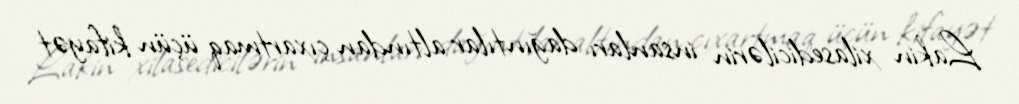
Lakin xilasedicilərin insanları dağıntılar altından çıxartmaq üçün kifayət